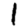
Digit: 1